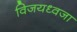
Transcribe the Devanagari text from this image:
विजयध्वजा